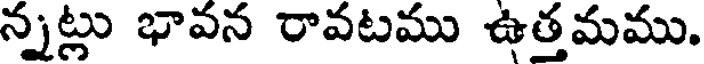
న్నట్లు భావన రావటము ఉత్తమము.